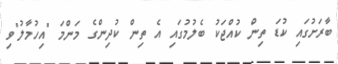
ބާރަށުގައި ކުޑަ ތިން ކުއްޖަކު ބެލުމުގައި އެ ތިން ކުދިންގެ މަންމަ "އިހުމާލު"ވި